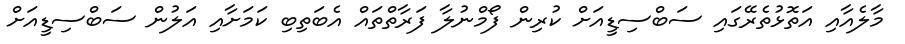
މާލެއާއި އަތޮޅުތެރޭގައި ސަބްސިޑީއަށް ކުރިން ފޯމްނުލާ ފަރާތްތައް އެބަތިބި ކަމަށާއި އަލުން ސަބްސިޑީއަށް